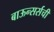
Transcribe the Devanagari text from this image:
बाऊन्सर्सची